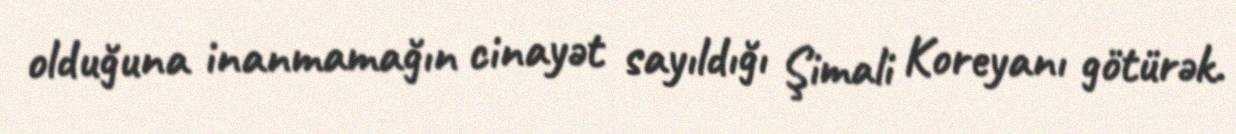
olduğuna inanmamağın cinayət sayıldığı Şimali Koreyanı götürək.